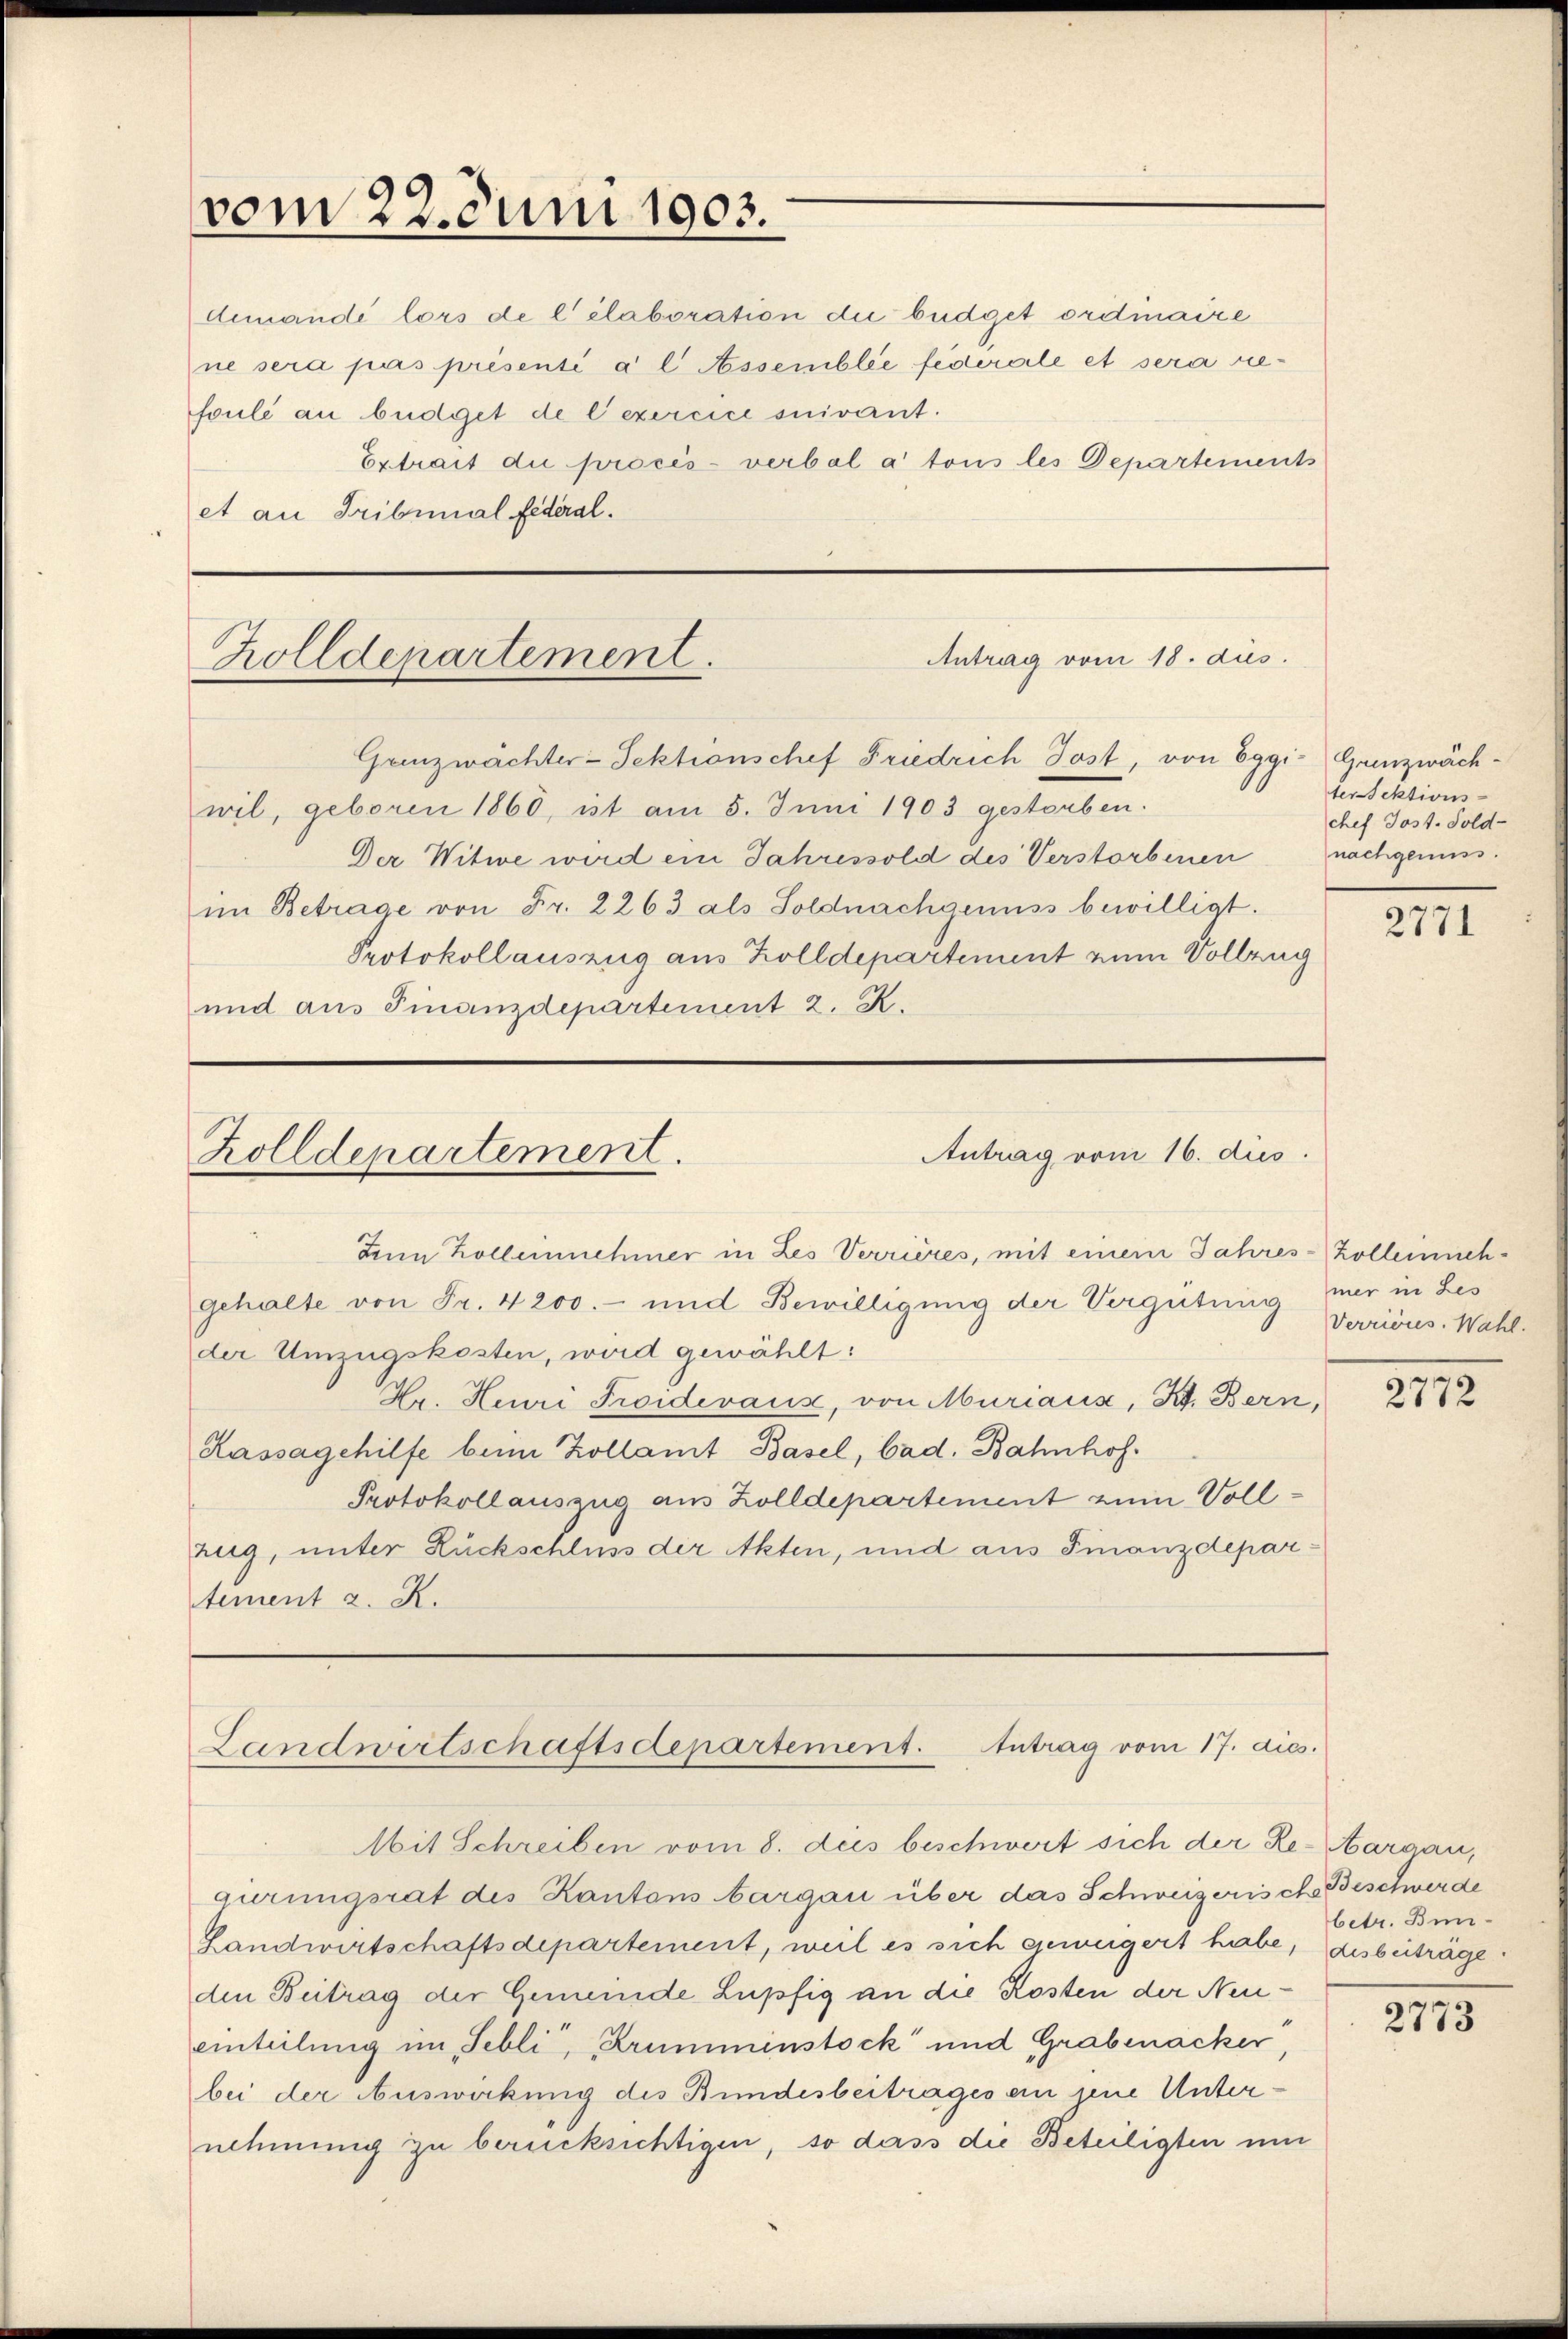
vom 22. Juni 1903.

Candi lors de l’élaboration die büdget ordtmaire
ne sera pas présenti a l Assemblée federale et sera niefoulé au budget de l’exercice suivant.
Extrait die procès-verbal à tous les Departements
et au Tribunal Federal.

Antrag vom 18. dus.
Zolldepartement.
Grenzwächter-Sektionschef Friedrich Jost, von Eggi-Gunzwäch¬

wil, geboren 1860, ist am 5. Juni 1903 gestorben.
Der Witwe wird ein Jahressold des Verstorbenen
im Betrage von Fr. 2263 als Soldnachgenuss bewilligt.
Protokollauszug aus Zolldepartement eine Vollzug
und aus Finanzdepartement 2. R.

Antrag vom 16. dies
Zolldepartement.
denm Kolleinnehmer in Les Verrières, mit einem Jahres-Zolleinneh¬

gehalte von Fr. 4200.- und Bewilligung der Vergütung mer in Les
der Umzugskosten, wird gewählt:
Hr. Heuri Troideraus, von Muriaus, Kt. Bern,
Kassagehilfe beim Kollamt Basel, bad. Bahnhof.
Protokollauszug aus Zolldepartement zum Vollzug, unter Rückschluss der Akten, und aus Finanzdepartement z. R.

Landwirtschaftsdepartement. Antrag vom 17. dies.
Mit Schreiben vom 8. des beschwert sich der Re-Aargau,

gurungsrat des Kantons Aargau über das Schweizerisch Beschwerde
Landwirtschaftsdepartement, weil es sich geweigert habe, disbeiträge.
den Beitrag der Gemeinde Lupfig an die Kosten der Neu¬
Einteilung im Febli, Krumminstock und Grabenacker,
bei der Auswirkung des Bundesbeitrages ein jene Unternehmung zu berücksichtigen, so dass die Beteiligten um

terfektions-
chef Jost. Sold-
nachgenuss.

2771

Verriens. Wahl.

2772

betr. Bun¬

2773